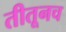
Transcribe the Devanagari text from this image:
तीतूनच